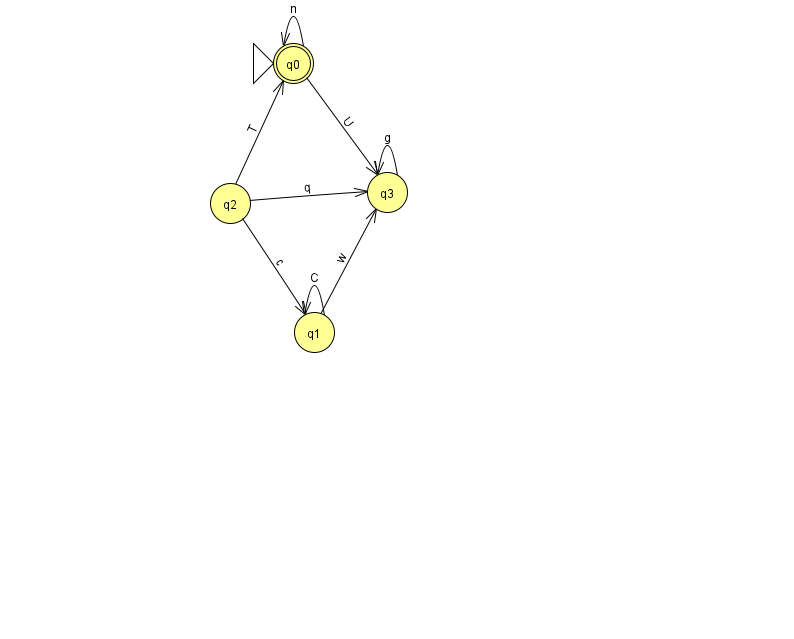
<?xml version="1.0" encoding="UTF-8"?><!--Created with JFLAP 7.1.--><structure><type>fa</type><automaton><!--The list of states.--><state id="0" name="q0"><x>293.0</x><y>50.0</y><initial/><final/></state><state id="1" name="q1"><x>314.0</x><y>319.0</y></state><state id="2" name="q2"><x>230.0</x><y>190.0</y></state><state id="3" name="q3"><x>387.0</x><y>179.0</y></state><!--The list of transitions.--><transition><from>2</from><to>3</to><read>q</read></transition><transition><from>2</from><to>1</to><read>c</read></transition><transition><from>1</from><to>1</to><read>C</read></transition><transition><from>1</from><to>3</to><read>w</read></transition><transition><from>3</from><to>3</to><read>g</read></transition><transition><from>0</from><to>3</to><read>U</read></transition><transition><from>2</from><to>0</to><read>T</read></transition><transition><from>0</from><to>0</to><read>n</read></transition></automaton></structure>